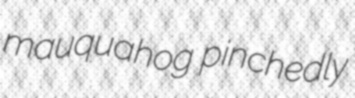
mauquahog pinchedly